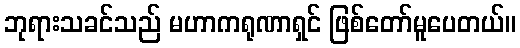
ဘုရားသခင်သည် မဟာကရုဏာရှင် ဖြစ်တော်မူပေတယ်။